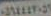
٠٥٦٤٤٤٢٠٥٢